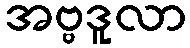
အဗ္ဗဒူလာ